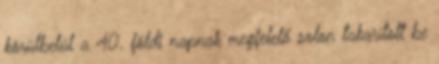
körülbelül a 40. földi napnak megfelelő solon takarított be